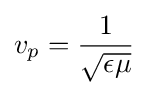
v_{p}={\frac {1}{\sqrt {\epsilon \mu }}}